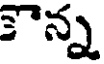
కన్న